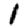
Digit: 1